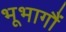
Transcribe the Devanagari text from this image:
भूभागौं